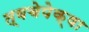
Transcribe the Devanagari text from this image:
त्वचेपेक्षा